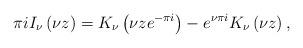
LaTeX: \begin{align*}\pi iI_{\nu }\left( \nu z\right) =K_{\nu }\left( \nu ze^{-\pi i}\right)-e^{\nu \pi i}K_{\nu }\left( \nu z\right) , \end{align*}